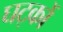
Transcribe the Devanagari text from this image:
घट्कों